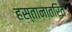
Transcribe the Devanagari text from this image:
हस्तानातरित